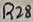
Text: R28